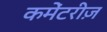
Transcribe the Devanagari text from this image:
कमेंटरीज़